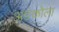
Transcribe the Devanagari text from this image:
अङकोला